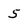
Character: 5